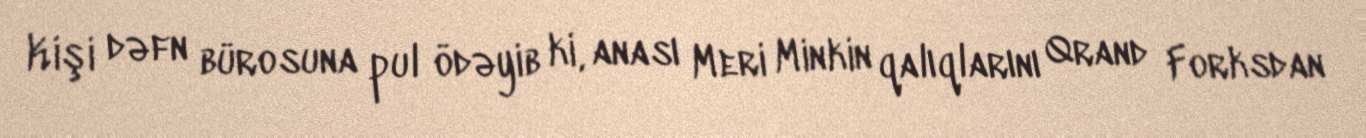
Kişi dəfn bürosuna pul ödəyib ki, anası Meri Minkin qalıqlarını Qrand Forksdan